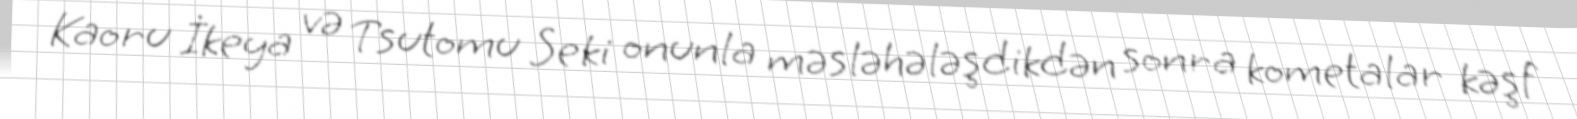
Kaoru İkeya və Tsutomu Seki onunla məsləhələşdikdən sonra kometalar kəşf